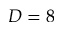
D = 8